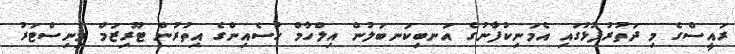
ރައީސްގެ މި ދަތުރުފުޅުގައި އެމަނިކުފާނުގެ އަނބިކަނބަލުން އިލްހާމް ހުސެއިންގެ އިތުރުން ޓޫރިޒަމް މިނިސްޓަރު